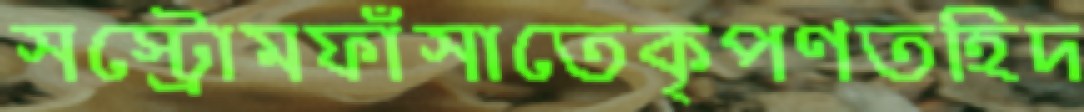
সস্ট্রোমফাঁসাতেকৃপণতহিদ